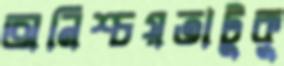
অনিশ্চয়তাটুকু